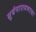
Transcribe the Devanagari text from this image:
सूर्यनारायणाचा